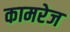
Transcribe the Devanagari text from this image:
कामरेज